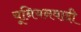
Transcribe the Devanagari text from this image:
यूनियनवादी